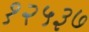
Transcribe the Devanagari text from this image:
१२५३७